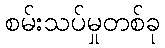
စမ်းသပ်မှုတစ်ခု